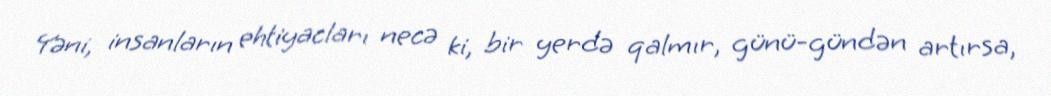
Yəni, insanların ehtiyacları necə ki, bir yerdə qalmır, günü-gündən artırsa,